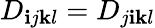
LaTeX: D_{\mathbf{i}j\mathbf{k}l}=D_{j\mathbf{i}\mathbf{k}l}